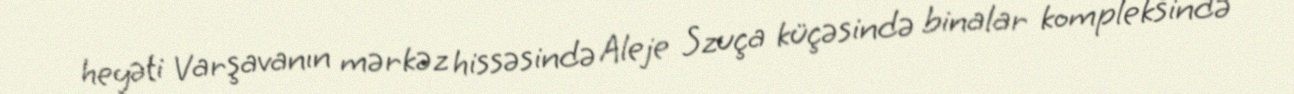
heyəti Varşavanın mərkəz hissəsində Aleje Szuça küçəsində binalar kompleksində